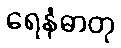
ရေနံဓာတု